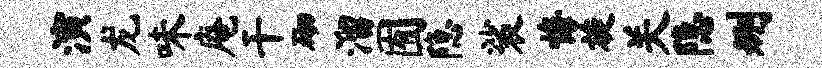
演龙味庵干砌溜囿隐裟悔旋关隐删